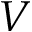
V